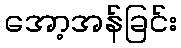
အော့အန်ခြင်း